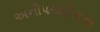
અનૌપચારિકતા